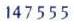
147555